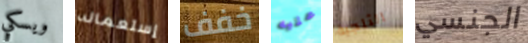
ويسكي إستعماله خفف عليه الثلجية الجنسي